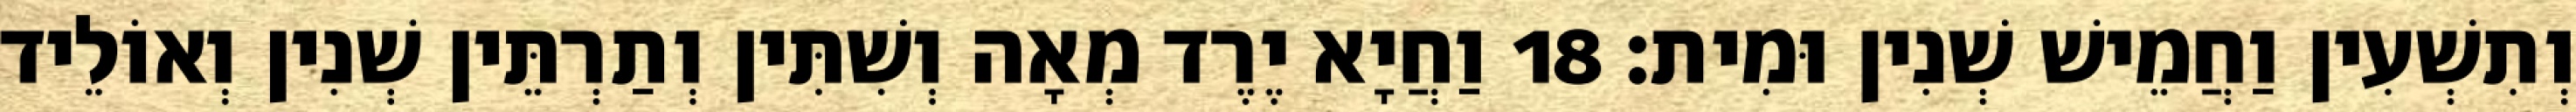
וְתִשְׁעִין וַחֲמֵישׁ שְׁנִין וּמִית׃ 18 וַחֲיָא יֶרֶד מְאָה וְשִׁתִּין וְתַרְתֵּין שְׁנִין וְאוֹלֵיד